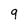
Character: 9